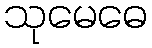
သုမေဓေ